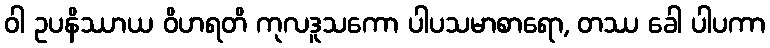
ဝါ ဥပနိဿာယ ဝိဟရတိ ကုလဒူသကော ပါပသမာစာရော, တဿ ခေါ ပါပကာ